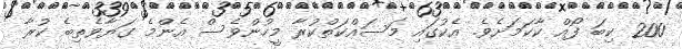
200 ކިބަ ފޯއް ކާކަމަށެވެ. އެކުގައި މަސައްކަތްކުރާ މީހުންވެސް އެންމެ ގަޔާވެތިބެ ކުރާ